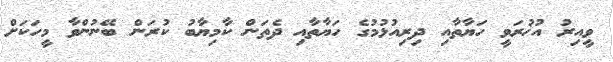
ވީއިރު އުޚުރަވީ ހަޔާތާއި ދިރިއުޅުމުގެ ހަޔާތާއި ދެތަން ކާމިޔާބު ކުރަން ބޭނުންވާ މީހަކަށް